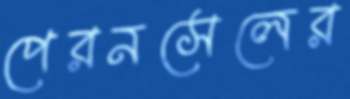
পেরনসেলের